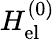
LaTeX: H_{\mathrm{el}}^{(0)}